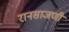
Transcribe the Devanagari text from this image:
रानसाजणी